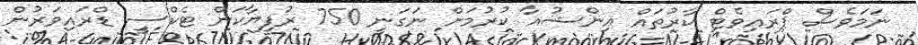
ނަމަވެސް ޕްރައިވެޓް ކާރުތައް އިންޝުއާ ކުރުމަށް ނަގަނީ 750 ރުފިޔާކަން ޓެކްސީ ޑްރައިވަރުން